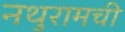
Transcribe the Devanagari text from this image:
नथुरामची